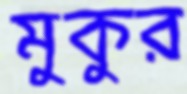
মুকুর